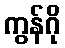
ကွန်ဂို